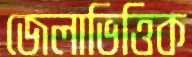
জেলাভিত্তিক